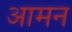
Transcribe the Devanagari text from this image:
आमन